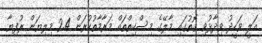
އަލީ ވަހީދު ވިދާޅުވި ގޮތުގައި މާލޭގެ މިސްކިތްތައް މަރާމާތުކުރަން 2.4 މިލިޔަން ރުފިޔާ